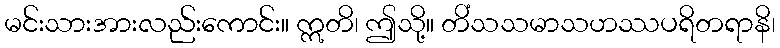
မင်းသားအားလည်းကောင်း။ ဣတိ၊ ဤသို့။ တိံသသမာသဟဿပရိတရာနိ၊